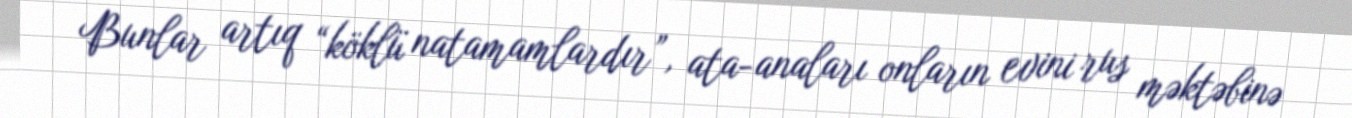
Bunlar artıq “köklü natamamlardır”, ata-anaları onların evini rus məktəbinə